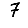
Digit: 7